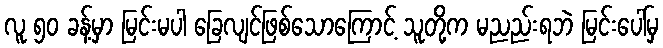
လူ ၅၀ ခန့်မှာ မြင်းမပါ ခြေလျင်ဖြစ်သောကြောင့် သူတို့က မညည်းရဘဲ မြင်းပေါ်မှ